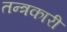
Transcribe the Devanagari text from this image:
तन्त्रकारी